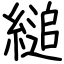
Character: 縋